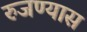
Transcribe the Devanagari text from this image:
रुजण्यास